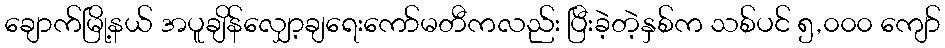
ချောက်မြို့နယ် အပူချိန်လျှော့ချရေးကော်မတီကလည်း ပြီးခဲ့တဲ့နှစ်က သစ်ပင် ၅,၀၀၀ ကျော်